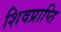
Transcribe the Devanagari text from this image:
शिवप्राप्ति